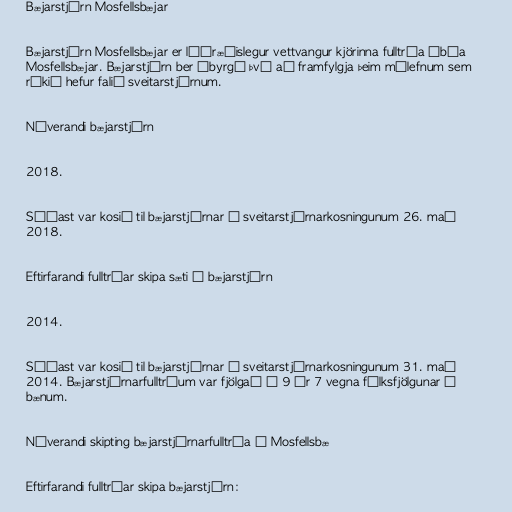
Bæjarstjórn Mosfellsbæjar

Bæjarstjórn Mosfellsbæjar er lýðræðislegur vettvangur kjörinna fulltrúa íbúa
Mosfellsbæjar. Bæjarstjórn ber ábyrgð því að framfylgja þeim málefnum sem
ríkið hefur falið sveitarstjórnum.

Núverandi bæjarstjórn

2018.

Síðast var kosið til bæjarstjórnar í sveitarstjórnarkosningunum 26. maí
2018.

Eftirfarandi fulltrúar skipa sæti í bæjarstjórn

2014.

Síðast var kosið til bæjarstjórnar í sveitarstjórnarkosningunum 31. maí
2014. Bæjarstjórnarfulltrúum var fjölgað í 9 úr 7 vegna fólksfjölgunar í
bænum.

Núverandi skipting bæjarstjórnarfulltrúa í Mosfellsbæ

Eftirfarandi fulltrúar skipa bæjarstjórn: